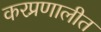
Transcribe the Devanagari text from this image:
करप्रणालीत